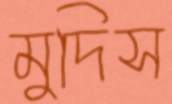
মুদিস